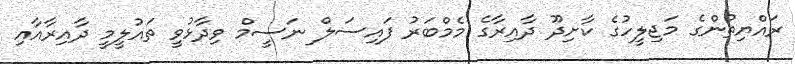
ރައްޔިތުންގެ މަޖިލީހުގެ ކާށިދޫ ދާއިރާގެ މެމްބަރު ފައިސަލް ނަސީމް ވިދާޅުވީ ތައުލީމީ ދާއިރާއާއި